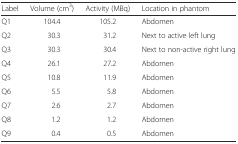
| Label | Volume (cm3) | Activity (MBq) | Location in phantom |
 | --- | --- | --- | --- |
 | Q1 | 104.4 | 105.2 | Abdomen |
 | Q2 | 30.3 | 31.2 | Next to active left lung |
 | Q3 | 30.3 | 30.4 | Next to non-active right lung |
 | Q4 | 26.1 | 27.2 | Abdomen |
 | Q5 | 10.8 | 11.9 | Abdomen |
 | Q6 | 5.5 | 5.8 | Abdomen |
 | Q7 | 2.6 | 2.7 | Abdomen |
 | Q8 | 1.2 | 1.2 | Abdomen |
 | Q9 | 0.4 | 0.5 | Abdomen |